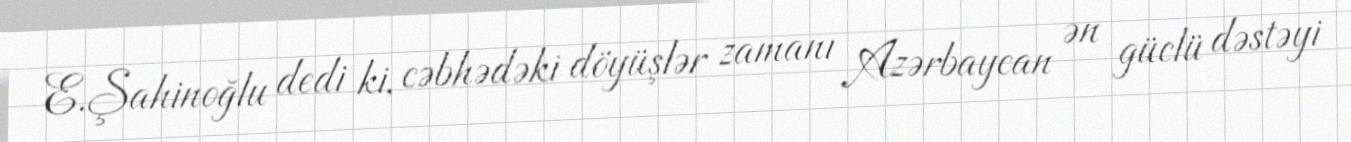
E.Şahinoğlu dedi ki, cəbhədəki döyüşlər zamanı Azərbaycan ən güclü dəstəyi